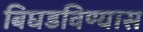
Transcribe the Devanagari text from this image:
बिघडविण्यास